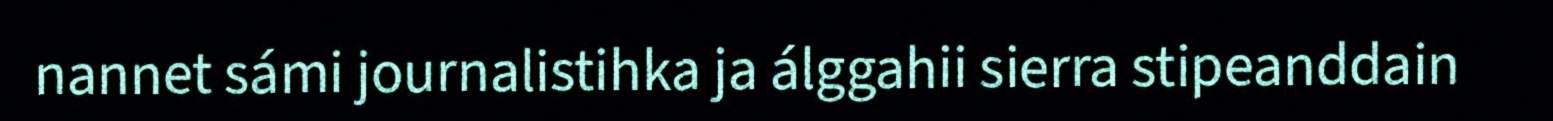
nannet sámi journalistihka ja álggahii sierra stipeanddain